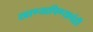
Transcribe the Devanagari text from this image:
खाण्यापिण्याचंही